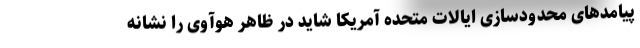
پیامدهای محدودسازی ایالات متحده آمریکا شاید در ظاهر هوآوی را نشانه